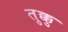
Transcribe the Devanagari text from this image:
तुक्कु